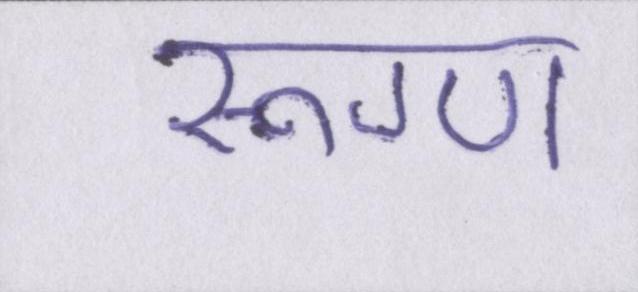
रूग्ण